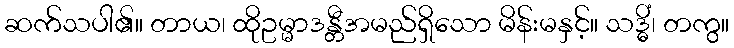
ဆက်သပါ၏။ တာယ၊ ထိုဥမ္မာဒန္တီအမည်ရှိသော မိန်းမနှင့်။ သဒ္ဓိံ၊ တကွ။